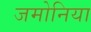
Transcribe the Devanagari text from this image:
जमोनिया